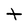
Character: t